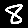
Digit: 8